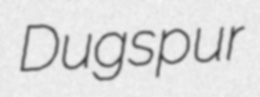
Dugspur